Report on sanitation, dispensaries, and jails in Rajputana for 1918, and on vaccination for the year 1918-1919 - 1918-1919
Year: 1918
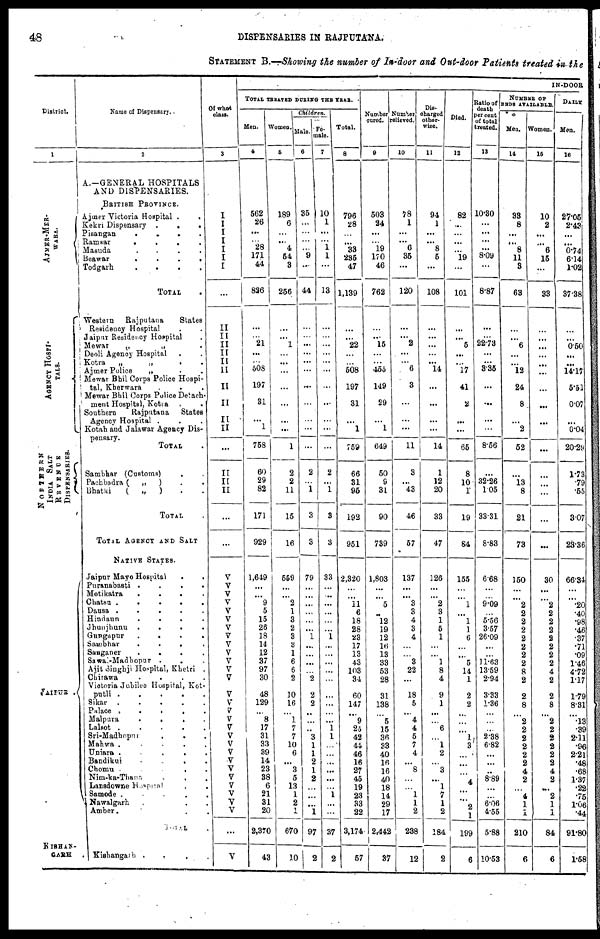
48
DISPENSARIES IN RAJPUTANA.
STATEMENT B.—Showing the number of In-door and Out-door Patients treated in the
Dislrict.
1
AJMER-MWR¬
WARA.
AGENCY HOSPI¬
----.
NORTHERN
INDIA SALT
REVENUE
DISPENSARIES.
JAIPUR .
KISHAN¬
GARH .
Name of Dispensary.
2
A.—GENERAL HOSPITALS
AND DISPENSARIES.
BRITISH PROVINCE.
Ajmer Victoria Hospital .
.
Kekri Dispensary .
.
.
Pisangan
.
.
.
.
Ramsar
.
.
.
.
Masuda
.
.
.
.
Beawar
.
.
.
.
Todgarh
.
.
.
.
TOTAL .
Western Rajputana
States
Residency Hospital . .
Jaipur Residency Hospital .
Mewar
„
„ .
Deoli Agency Hospital . .
Kotra „
„
. .
Ajmer Police
„ „ . .
Mewar Bhil Corps Police Hospi¬
tal, Kherwara . . .
Mewar Bhil Corps Police Detach¬
merit Hospital, Kotra . .
Southern
Rajputana
States
Agency Hospital . . .
Kotah and Jalawar Agency Dis-
pensary.
TOTAL .
Sambhar (Customs)
. .
Pachbadra ( „
) . .
Bhatki
( „
) . .
TOTAL .
TOTAL AGENCY AND SALT
NATIVE STATES.
Jaipur Mayo Hospital
.
.
Puranabasti . . . .
Motikatra
. . . .
Chatsu
.
.
. . .
Dausa . . . . .
Hindaun
.
. . .
Jhunjhunu
.
. . .
Gungapur
.
.
. .
Sambhar
. . . .
Sanganer
. . . .
Sawai-Madhopur . . .
Ajit Singhji Hospital, Khetri .
Chirawa
.
.
.
.
Victoria Jubilee Hospital, Kot¬
putli
. . . . . .
Sikar .
.
.
.
.
Palace .
.
.
.
.
Malpura
.
. . .
Lalsot
. . . . .
Sri-Madhopur . . . .
Mahwa . . . . .
Uniara
.
. . . .
Bandikui
.
. . .
Chomu .
.
.
. .
Nim-ka-Thana . . .
Lansdowne H ospital
. .
Samode .
.
.
Nawalgarh . . .
Amber. .
TOTAL .
Kishangarh .
. . .
Of what
class.
3
I
I
I
I
I
I
I
...
II
II
II
II
II
II
II
II
II
II
...
III
II
II
...
...
V
V
V
V
V
V
V
V
V
V
V
V
V
V
V
V
V
V
V
V
V
V
V
V
V
V
V
V
...
V
IN-DOOR
TOTAL TREATED DURING THE YEAR.
Men.
4
562
26
...
...
28
171
44
826
...
...
21
...
...
508
197
31
...
1
758
60
29
82
171
929
1,649
...
...
9
5
15
26
18
14
12
37
97
30
48
129
...
8
17
31
33
39
14
23
38
6
21
31
20
2,370
43
Women.
5
189
6
...
... 4
54
3
256
...
...
1
...
...
...
...
...
...
...
1
2
2
11
15
16
559
...
...
2
1
3
2
3
3
1
6
6
2
10
16
...
1
7
7
10
6
...
3
5
13
1
2
1
670
10
Children.
Male.
6
35
...
...
...
...
9
...
44
...
...
...
...
...
...
...
...
...
...
...
2
...
1
3
3
79
...
...
...
...
...
...
1
...
...
...
...
2
2
2
...
...
...
3
1
1
2
1
2
...
...
...
1
97
2
Fe¬
male.
7
10
1
...
...
1
1
...
13
...
...
...
...
...
...
...
...
...
...
...
2
...
1
3
3
33
...
...
...
...
...
...
1
...
...
...
...
...
...
...
...
...
1
1
...
...
...
...
...
...
1
...
...
37
2
Total.
8
796
28
...
...
33
235
47
1,139
... ...
22
...
...
508
197
31
...
1
759
66
31
95
192
951
2,320
...
...
11
6
18
28
23
17
13
43
103
34
60
147
...
9
25
42
44
46
16
27
45
19
23
33
22
3,174
57
Number
cured.
9
503
24
...
... 19
170
46
762
... ...
15
...
...
455
149
29
...
1
649
50
9
31
90
739
1,803
...
...
5
...
12
19
12
16
13
33
53
28
31
138
...
5
15
36
33
40
16
16
40
18
14
29
17
2,442
37
Number
relieved.
10
78
1
...
... 6
35
...
120
...
...
2
...
...
6
3
...
...
...
11
3
...
43
46
57
137
...
...
3
3
4
3
4
...
...
3
22
...
18
5
...
4
4
5
7
4
...
8
...
...
1
1
2
238
12
Dis-
charged
other-
wise.
11
94
1
...
... 8
5
...
108
...
...
...
...
...
14
...
...
...
...
14
1
12
20
33
47
126
...
...
2
3
1
5
1
...
...
1
8
4
9
1
...
...
6
...
1
2
...
3
...
1
7
1
2
184
2
Died.
12
82
...
...
...
...
19
...
101
...
...
5
...
...
17
41
2
...
...
65
8
10
1
19
84
155
...
...
1
...
1
1
6
...
...
5
14
1
2
2
...
...
...
1
3
...
...
...
4
...
...
2
1
199
6
Ratio of
death
percent
of total
treated.
13
10.30
...
...
...
...
8.09
...
8.87
...
...
22.73
...
...
3.35
...
...
...
...
8.56
...
32.26
1.05
33.31
8.83
6.68
...
...
9.09
...
5.56
3.57
26.09
...
...
11.63
13.59
2.94
3.33
1.36
...
...
...
2.38
6.82
...
...
...
8.89
...
...
6.06
4.55
5.88
10.53
NUMBER OF
BEDS AVAILABLS.
Men.
14
33
8
...
... 8
11
3
63
...
...
6
...
...
12
24
8
...
2
52
...
13
8
21
73
150
...
...
2
2
2
2
2
2
2
2
8
2
2
8
...
2
2
2
2
2
2
4
2
...
4
1
1
210
6
Women.
15
10
2
...
...
6
15
...
33
...
...
...
...
...
...
...
...
...
...
...
...
...
...
...
...
30
...
...
2
2
2
2
2
2
2
2
4
2
2
8
...
2
2
2
2
2
2
4
2
...
2
1
1
84
6
DAILY
Men.
16
27.05
2.43
...
...
0.74
6.14
1.02
37.38
...
...
0.50
...
...
14.17
5.51
0.07
...
0.04
20.29
1.73
.79
.55
3.07
23.36
66.34
...
...
.20
.40
.98
.46
.37
.71
.09
1.46
4.72
1.17
1.79
8.31
...
.13
.39
2.11
.96
2.21
.48
.68
1.37
.22
.75
1.06
.44
91.80
1.58